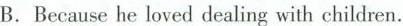
B. Because he loved dealing with children.